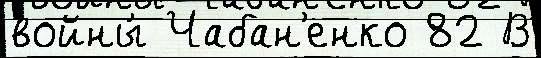
войны́ Чабан'енко 82 В